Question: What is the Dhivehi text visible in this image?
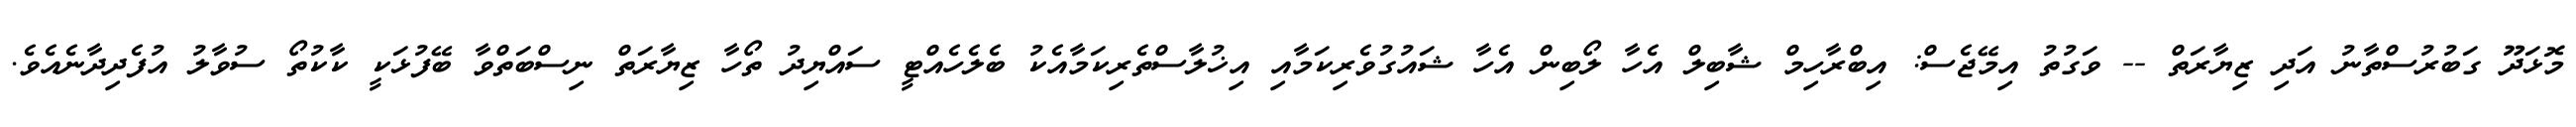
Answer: މޮޅަދޫ ގަބުރުސްތާނު އަދި ޒިޔާރަތް -- ވަގުތު އިމޭޖެސް: އިބްރާހިމް ޝާބިލް އެހާ ލޯބިން އެހާ ޝައުގުވެރިކަމާއި އިޚުލާސްތެރިކަމާއެކު ބެލެހެއްޓީ ސައްޔިދު ތޯހާ ޒިޔާރަތް ނިސްބަތްވާ ބޭފުޅަކީ ކާކުތޯ ސުވާލު އުފެދިދާނެއެވެ.